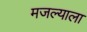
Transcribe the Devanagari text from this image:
मजल्याला